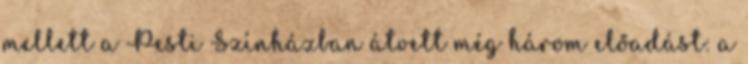
mellett a Pesti Színházban átvett még három előadást: a